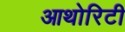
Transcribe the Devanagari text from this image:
आथोरिटी